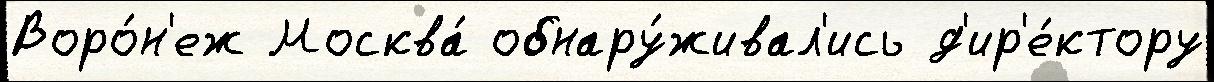
Воро́н'еж Москва́ обнару́живал'ись д'ир'е́ктору